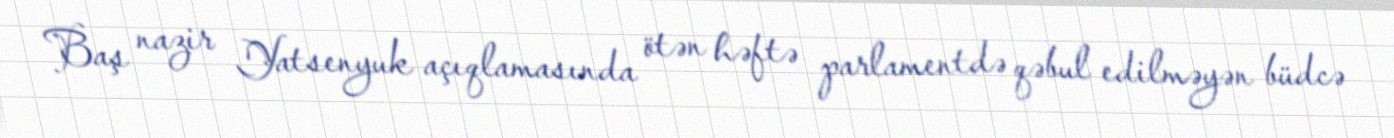
Baş nazir Yatsenyuk açıqlamasında ötən həftə parlamentdə qəbul edilməyən büdcə